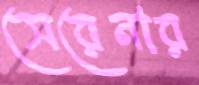
সেরেনার